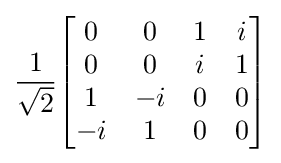
{\frac {1}{\sqrt {2}}}{\begin{bmatrix}0&0&1&i\\0&0&i&1\\1&-i&0&0\\-i&1&0&0\\\end{bmatrix}}